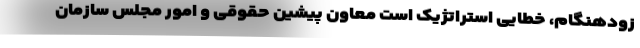
زودهنگام، خطایی استراتژیک است معاون پیشین حقوقی و امور مجلس سازمان